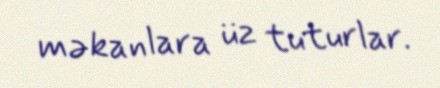
məkanlara üz tuturlar.